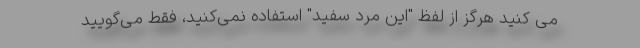
می کنید هرگز از لفظ "این مرد سفید" استفاده نمی‌کنید، فقط می‌گویید